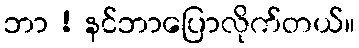
ဘာ ! နင်ဘာပြောလိုက်တယ်။